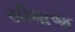
સીધાજ